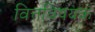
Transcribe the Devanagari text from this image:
वित्तविषयक